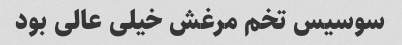
سوسیس تخم مرغش خیلی عالی بود